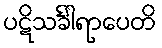
ပဋိသင်္ခါရာပေတိ